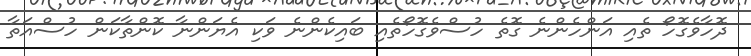
ދޮހާވެގޮހޯ ތެއި އަންހެންނެ ގޮތެ ހުސްވެގޮހޯތެއި ބައިކެންނެ ވަކި އެޔަންނާ ކޮންތާކަން ހުސްއަތާ